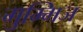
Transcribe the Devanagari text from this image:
गुम्मिज